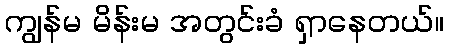
ကျွန်မ မိန်းမ အတွင်းခံ ရှာနေတယ်။